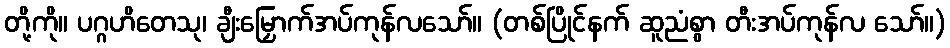
တို့ကို။ ပဂ္ဂဟိတေသု၊ ချီးမြှောက်အပ်ကုန်လသော်။ (တစ်ပြိုင်နက် ဆူညံစွာ တီးအပ်ကုန်လ သော်။)